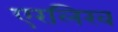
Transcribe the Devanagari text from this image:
एरलिख